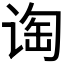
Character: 𬤁